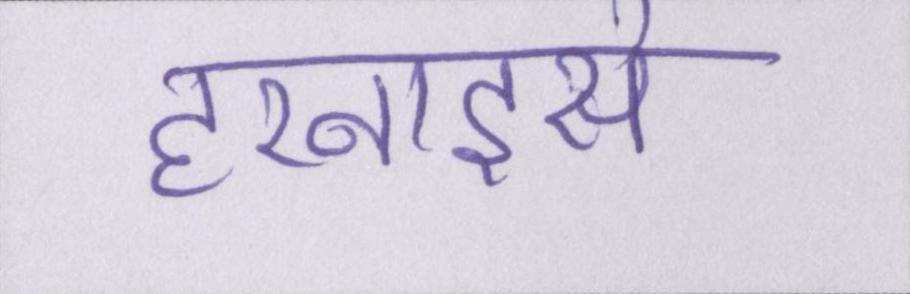
हरनाइसे